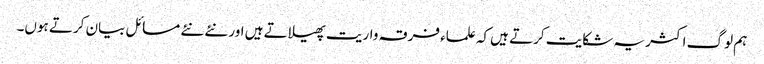
ہم لوگ اکثر یہ شکایت کرتے ہیں کہ علماء فرقہ واریت پھیلاتے ہیں اور نئے نئے مسائل بیان کرتے ہوں۔